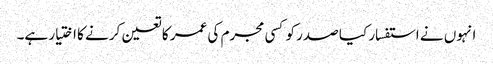
انہوں نے استفسار کیا صدر کو کسی مجرم کی عمر کا تعین کرنے کا اختیار ہے۔